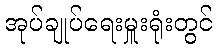
အုပ်ချုပ်ရေးမှူးရုံးတွင်